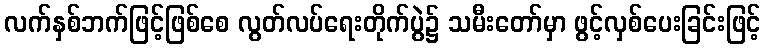
လက်နှစ်ဘက်ဖြင့်ဖြစ်စေ လွတ်လပ်ရေးတိုက်ပွဲ၌ သမီးတော်မှာ ဖွင့်လှစ်ပေးခြင်းဖြင့်